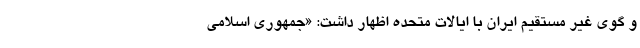
و گوی غیر مستقیم ایران با ایالات متحده اظهار داشت: «جمهوری اسلامی